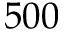
5 0 0